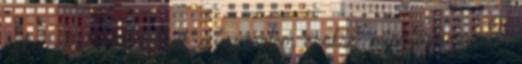
égbe, ahol még létezik a "szerelem örökre" misztériuma. A